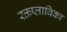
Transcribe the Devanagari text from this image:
रक्तप्लाविका